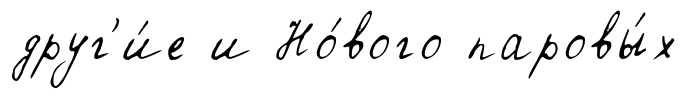
друг'и́е и Но́вого паровы́х